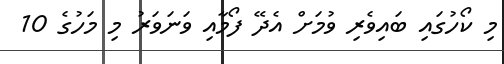
މި ކޯހުގައި ބައިވެރި ވުމަށް އެދޭ ފޯމާއި ވަނަވަރު މި މަހުގެ 10